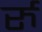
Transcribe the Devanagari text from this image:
र्रु